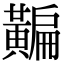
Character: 𪏗